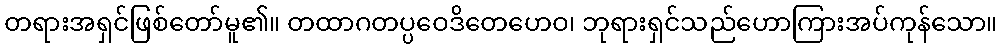
တရားအရှင်ဖြစ်တော်မူ၏။ တထာဂတပ္ပဝေဒိတေဟေဝ၊ ဘုရားရှင်သည်ဟောကြားအပ်ကုန်သော။